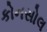
કોનસોલ